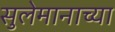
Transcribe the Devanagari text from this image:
सुलेमानाच्या